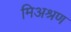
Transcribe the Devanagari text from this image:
मिअश्रण